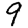
Digit: 9